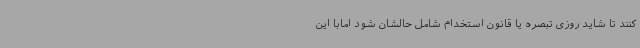
کنند تا شاید روزی تبصره یا قانون استخدام شامل حالشان شود امابا این